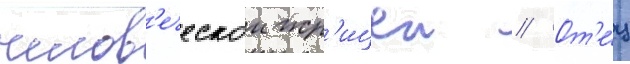
челов'еческои жр'ицеи // От'е́ц